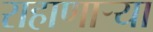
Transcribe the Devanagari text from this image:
राहाणाऱ्या